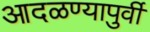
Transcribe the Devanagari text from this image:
आदळण्यापुर्वी